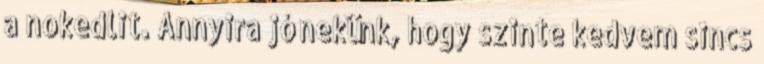
a nokedlit. Annyira jó nekünk, hogy szinte kedvem sincs